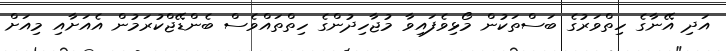
އަދި އޭނާގެ ހިތްވަރުގެ ބަސްތަކުން މޯޅިވެފައިވާ މުޖާހިދުންގެ ހިތްތައްވެސް ބެންޑޭޖްކުރަމުން އެއަށާއި މިއަށް